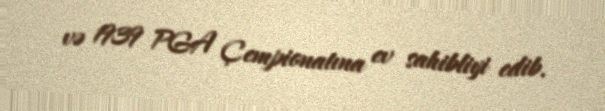
və 1939 PGA Çempionatına ev sahibliyi edib.